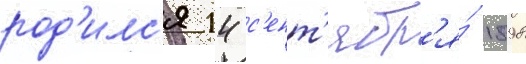
род'илс'я 14 с'ент'ябр'я́ 1898